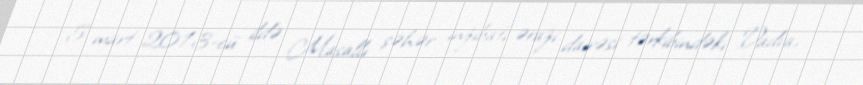
5 mart 2013-cü ildə Masallı şəhər inzibati ərazi dairəsi tərkibindəki Dadva,